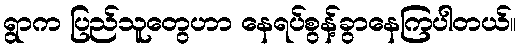
ရွာက ပြည်သူတွေဟာ နေရပ်စွန့်ခွာနေကြပါတယ်။